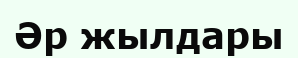
Әр жылдары